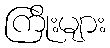
ကြိုးများ